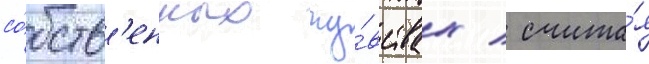
со́бств'енных чу́вствах / счита́я